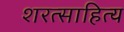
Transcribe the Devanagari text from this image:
शरत्साहित्य